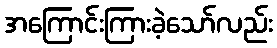
အကြောင်းကြားခဲ့သော်လည်း